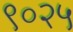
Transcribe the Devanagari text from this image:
९०२५